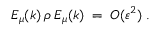
E _ { \mu } ( k ) \: \rho \: E _ { \mu } ( k ) \; = \; { \cal { O } } ( \varepsilon ^ { 2 } ) \; .